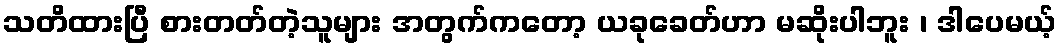
သတိထားပြီ စားတတ်တဲ့သူများ အတွက်ကတော့ ယခုခေတ်ဟာ မဆိုးပါဘူး ၊ ဒါပေမယ့်